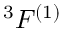
^ 3 F ^ { ( 1 ) }